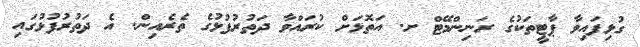
ގުޅިފައިވާ ޕާޓީތަކުގެ ރަނިންމޭޓް ށ. އަތޮޅަށް ކުރައްވާ ދަތުރުފުޅުގެ ތެރެއިން. އެ ދަތުރުފުޅުގައި